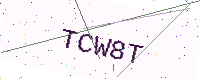
Text: TCW8T